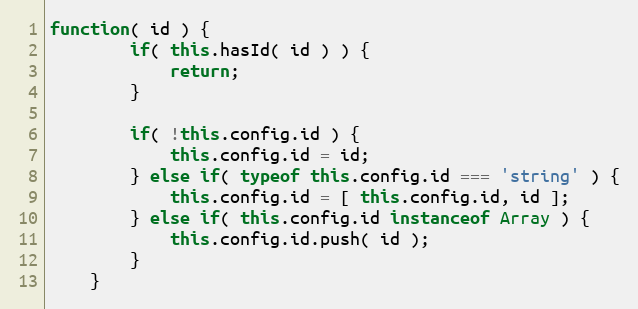
Language: JavaScript
function( id ) {
		if( this.hasId( id ) ) {
			return;
		}

		if( !this.config.id ) {
			this.config.id = id;
		} else if( typeof this.config.id === 'string' ) {
			this.config.id = [ this.config.id, id ];
		} else if( this.config.id instanceof Array ) {
			this.config.id.push( id );
		}
	}